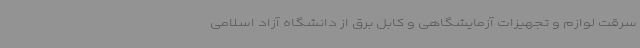
سرقت لوازم و تجهیزات آزمایشگاهی و کابل برق از دانشگاه آزاد اسلامی